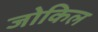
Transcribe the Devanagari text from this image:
जोकिल